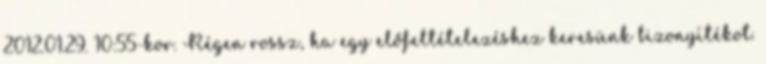
2012.01.29. 10:55-kor. Régen rossz, ha egy előfeltételezéshez keresünk bizonyítékot.